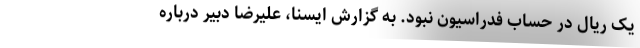
یک ریال در حساب فدراسیون نبود. به گزارش ایسنا، علیرضا دبیر درباره